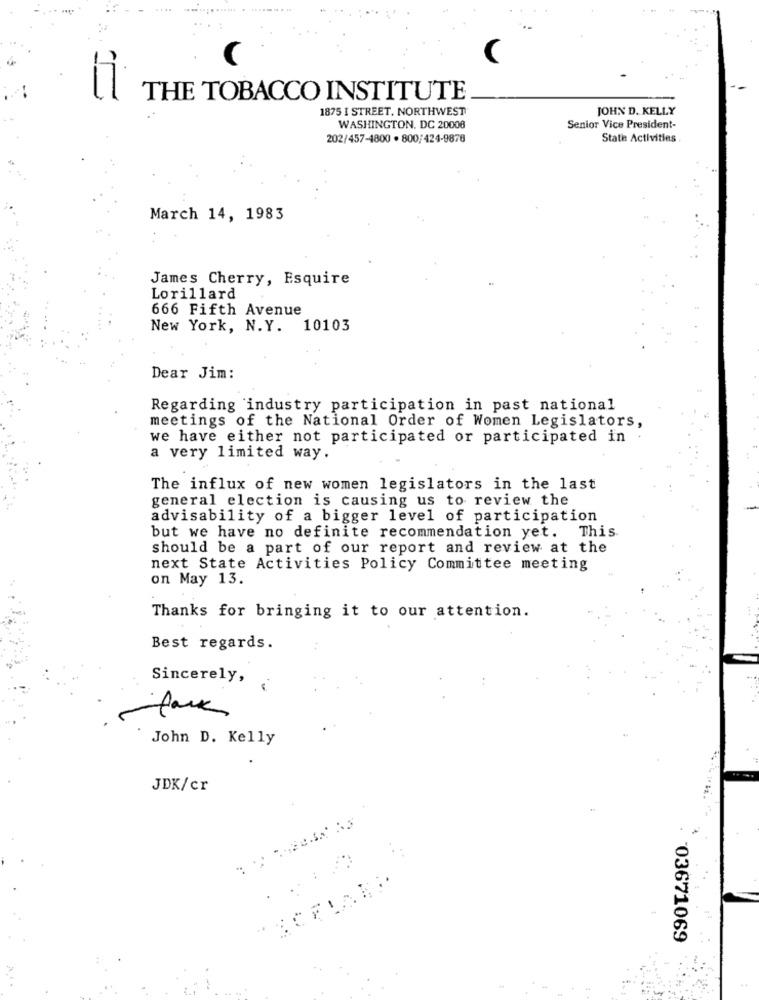
THE TOBACCO INSTITUTE
1875 I STREET. NORTHWEST
JOHN D. KELLY
WASHINGTON, DC 20008
Senior Vice President-
202/457-4800 . 800/424-9878
State Activities
March 14, 1983
James Cherry, Esquire
Lorillard
666 Fifth Avenue
New York, N.Y. 10103
Dear Jim:
Regarding industry participation in past national
meetings of the National Order of Women Legislators,
we have either not participated or participated in
a very limited way.
The influx of new women legislators in the last
general election is causing us to review the
advisability of a bigger level of participation
but we have no definite recommendation yet. This.
should be a part of our report and review at the
next State Activities Policy Committee meeting
on May 13.
Thanks for bringing it to our attention.
Best regards.
Sincerely,
John D. Kelly
JDK/cr
03671069
4